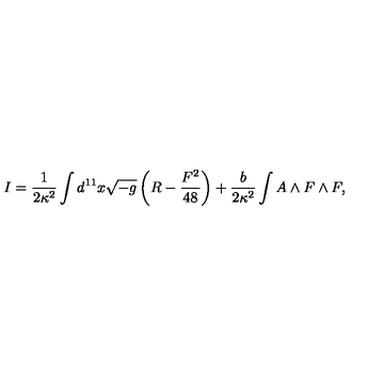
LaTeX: I = \frac { 1 } { 2 \kappa ^ { 2 } } \int d ^ { 1 1 } x \sqrt { - g } \left( R - \frac { F ^ { 2 } } { 4 8 } \right) + \frac { b } { 2 \kappa ^ { 2 } } \int A \land F \land F ,